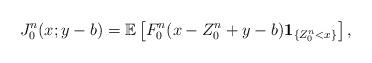
LaTeX: \begin{align*}J_0^n(x;y-b)=\mathbb E\left[F_0^n(x-Z_0^n+y-b)\textbf{1}_{\{Z_0^n < x\}}\right],\end{align*}